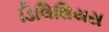
ડિલિશિયસ